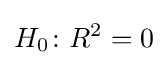
H_{0}\colon R^{2}=0